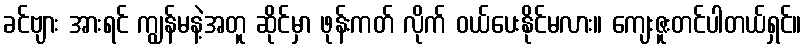
ခင်ဗျား အားရင် ကျွန်မနဲ့အတူ ဆိုင်မှာ ဖုန်းကတ် လိုက် ဝယ်ပေးနိုင်မလား။ ကျေးဇူးတင်ပါတယ်ရှင်။